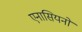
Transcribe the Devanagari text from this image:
एनासियनों